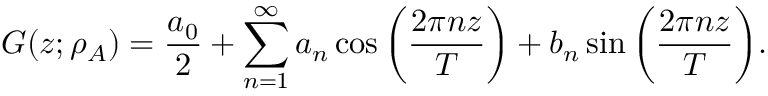
G ( z ; \rho _ { A } ) = \frac { a _ { 0 } } { 2 } + \sum _ { n = 1 } ^ { \infty } a _ { n } \cos { \bigg ( \frac { 2 \pi n z } { T } \bigg ) + b _ { n } \sin { \bigg ( \frac { 2 \pi n z } { T } \bigg ) } } .